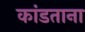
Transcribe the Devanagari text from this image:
कांडताना